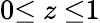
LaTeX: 0{\le}~z~{\le}1